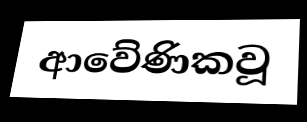
ආවේණිකවූ